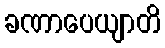
ခဏာပေယျာတိ